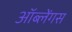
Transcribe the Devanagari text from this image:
ऑब्लेंगस